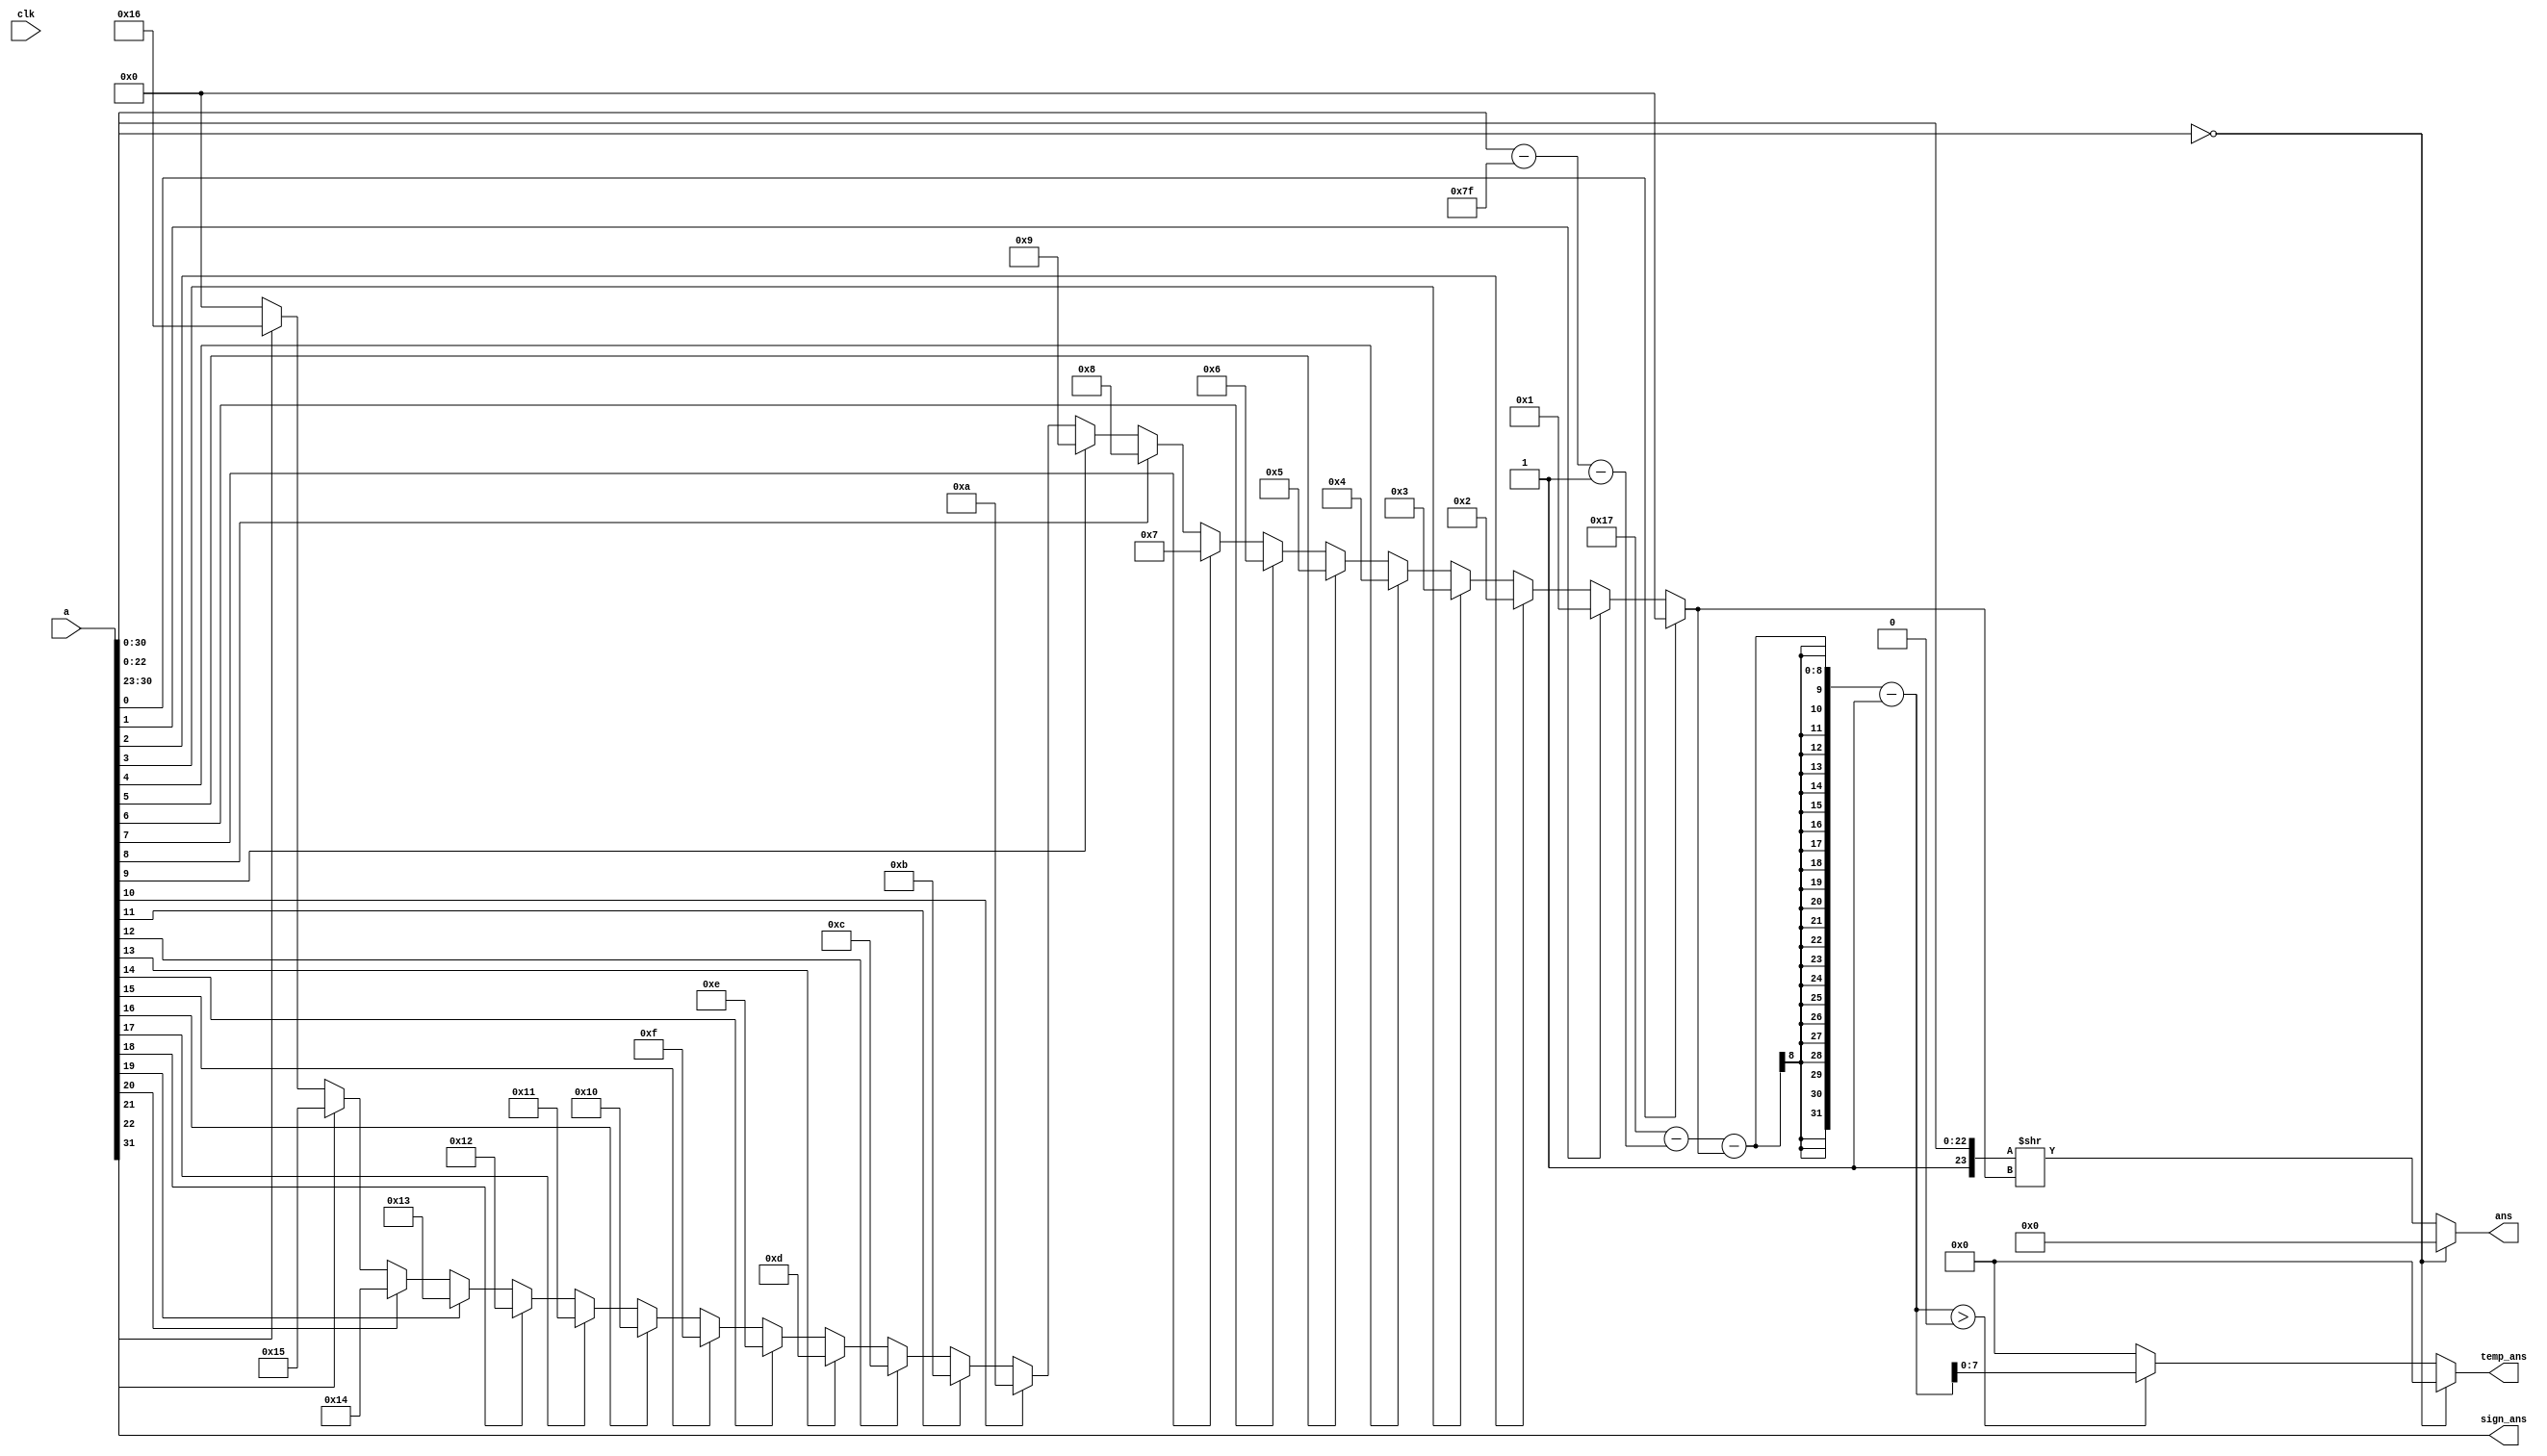
`timescale 1ns / 1ps
//////////////////////////////////////////////////////////////////////////////////
// Company: 
// Engineer: 
// 
// Design Name: 
// Module Name:    Converter1 
// Project Name: 
// Target Devices: 
// Tool versions: 
// Description: 
//
// Dependencies: 
//
// Revision: 
// Revision 0.01 - File Created
// Additional Comments: 
//
//////////////////////////////////////////////////////////////////////////////////
module Converter1(a,clk,sign_ans,ans,temp_ans);

input [31:0] a;
input clk;
output [23:0] ans;
output sign_ans;
output [7:0] temp_ans;

wire [7:0] x,x1,temp,i;
wire [23:0] temp1;
wire [23:0] ans;

assign x = a[30:23] - 127;
assign x1 = 23 - (x-1);
assign temp_ans = temp;
assign sign_ans = a[31];

assign i =  (a[0]) ? 0 :
				(a[1]) ? 1 :
				(a[2]) ? 2 :
				(a[3]) ? 3 :
				(a[4]) ? 4 :
				(a[5]) ? 5 :
				(a[6]) ? 6 :
				(a[7]) ? 7 :
				(a[8]) ? 8 :
				(a[9]) ? 9 :
				(a[10]) ? 10 :
				(a[11]) ? 11 :
				(a[12]) ? 12 :
				(a[13]) ? 13:
				(a[14]) ? 14:
				(a[15]) ? 15 :
				(a[16]) ? 16 :
				(a[17]) ? 17 :
				(a[18]) ? 18 :
				(a[19]) ? 19 :
				(a[20]) ? 20 :
				(a[21]) ? 21 :
				(a[22]) ? 22 : 0;

assign temp = (a[30:0] == 31'd0) ? 1'b0 : (x1-i-1 > 0) ? x1-i-1 : 0;
assign temp1 = {1'b1,a[22:0]};

assign ans = (a[30:0] == 31'd0) ? 24'd0 : temp1 >> (i);

endmodule